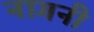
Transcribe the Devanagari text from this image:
नागनी